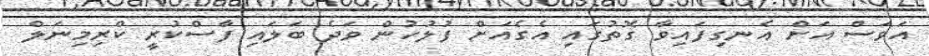
އަވަސް އަށް އެނގިފައިވާ ގޮތުގައި އެގެއަށް ފުލުހުން ވަދެ ބަލައި ފާސްކުރީ ކްރިމިނަލް